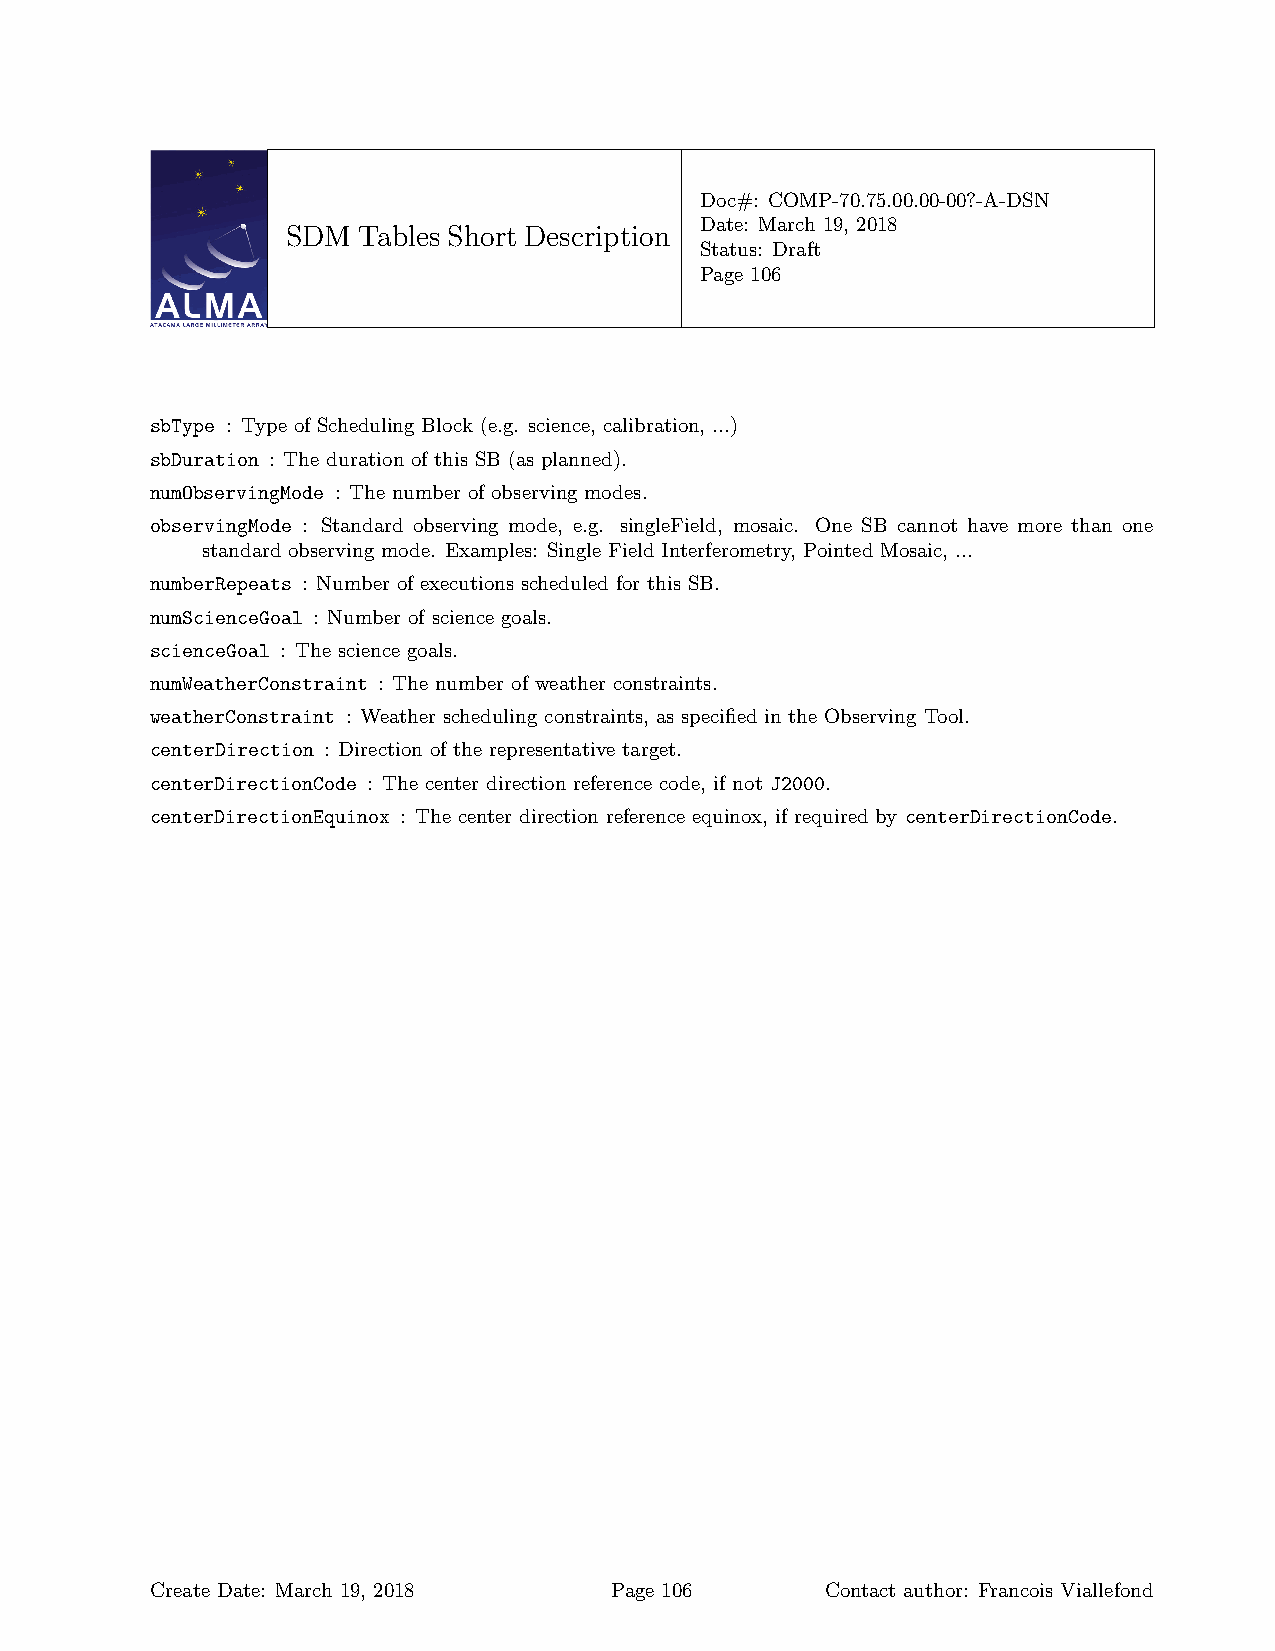
Doc#: COMP-70.75.00.00-00?-A-DSN
 Date: March 19, 2018
 SDM  Tables Short Description
 Status: Draft
 Page 106
 sbType : Type of Scheduling Block (e.g. science, calibration, ...)
 sbDuration : The duration of this SB (as planned).
 numObservingMode : The number of observing modes.
 observingMode : Standard observing mode, e.g. singleField, mosaic. One SB cannot have more than one
 standard observing mode. Examples: Single Field Interferometry, Pointed Mosaic, ...
 numberRepeats : Number of executions scheduled for this SB.
 numScienceGoal : Number of science goals.
 scienceGoal : The science goals.
 numWeatherConstraint : The number of weather constraints.
 weatherConstraint : Weather scheduling constraints, as specified in the Observing Tool.
 centerDirection : Direction of the representative target.
 centerDirectionCode : The center direction reference code, if not J2000.
 centerDirectionEquinox : The center direction reference equinox, if required by centerDirectionCode.
 Create Date: March 19, 2018   Page 106       Contact author: Francois Viallefond